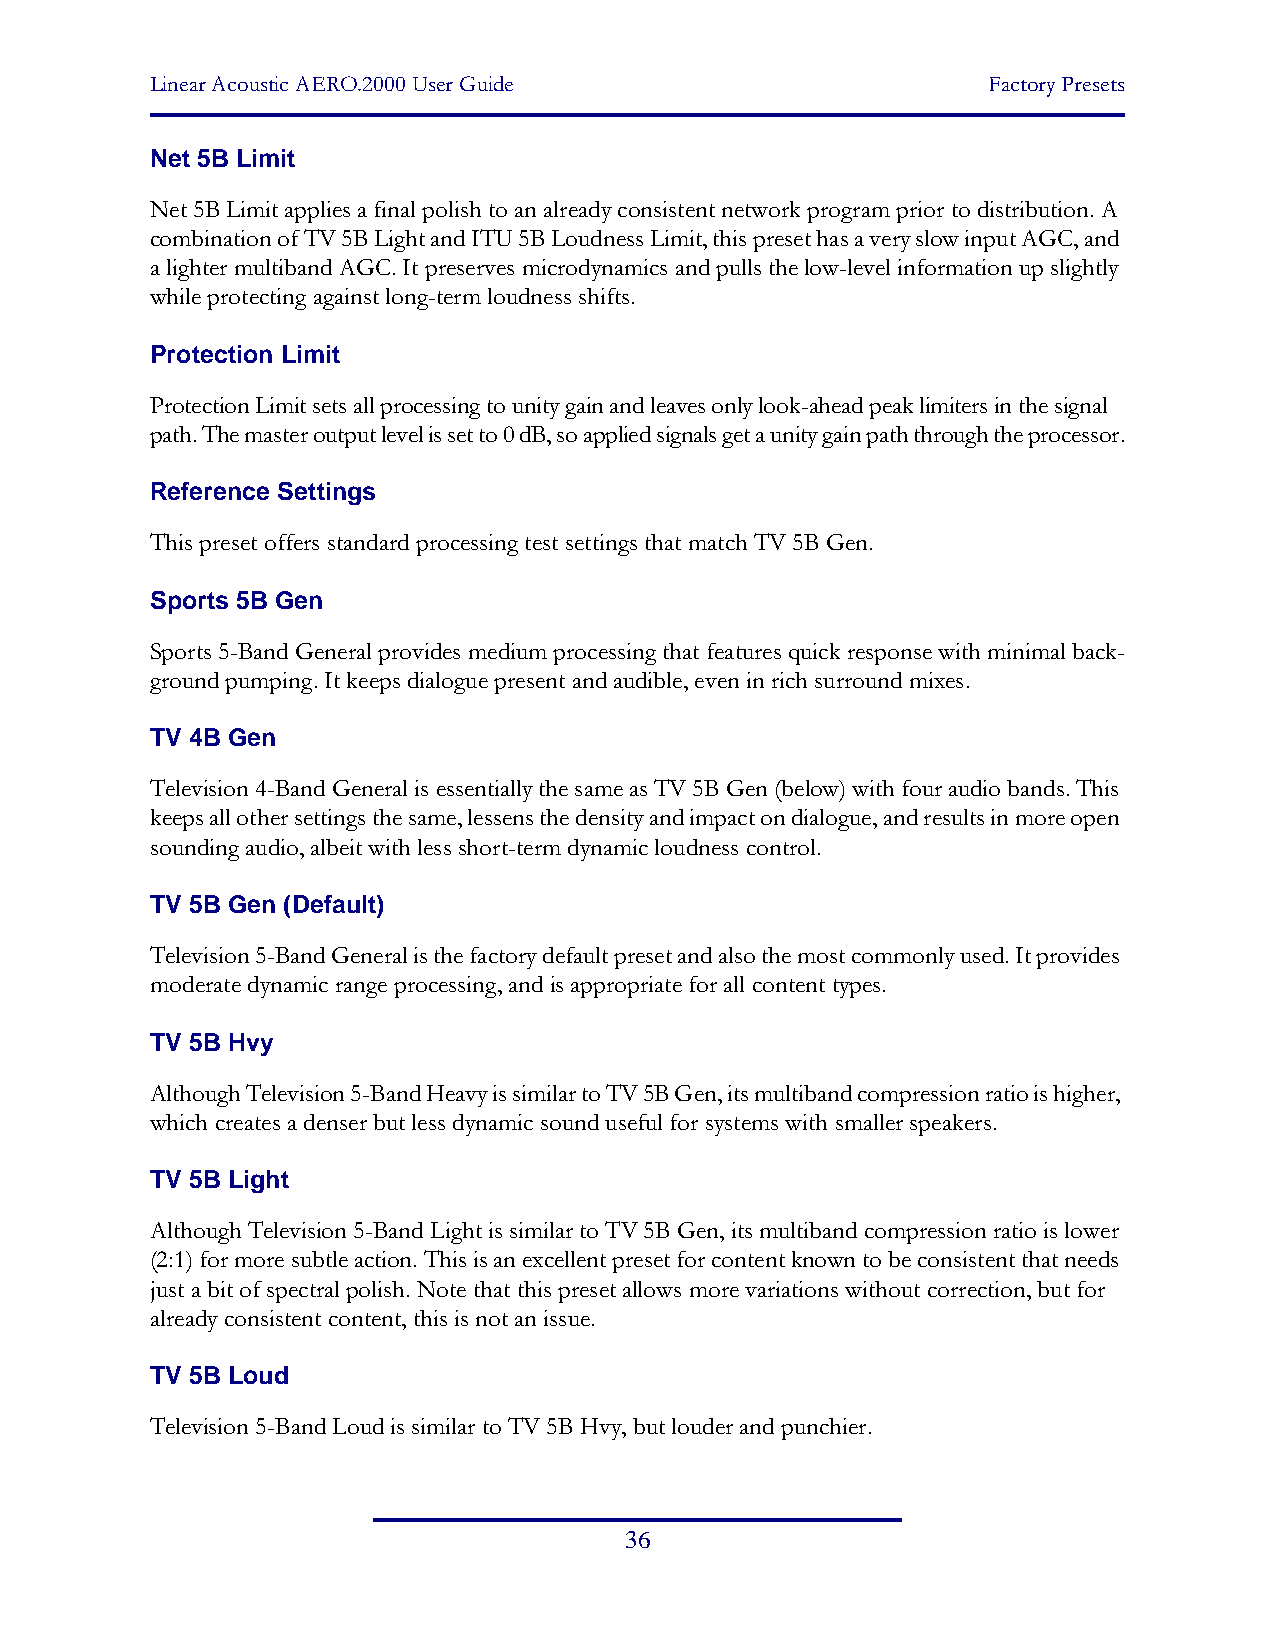
Linear Acoustic AERO.2000 User Guide                   Factory Presets
 Net 5B Limit
 Net 5B Limit applies a final polish to an already consistent network program prior to distribution. A
 combination of TV 5B Light and ITU 5B Loudness Limit, this preset has a very slow input AGC, and
 a lighter multiband AGC. It preserves microdynamics and pulls the low-level information up slightly
 while protecting against long-term loudness shifts.
 Protection Limit
 Protection Limit sets all processing to unity gain and leaves only look-ahead peak limiters in the signal
 path. The master output level is set to 0 dB, so applied signals get a unity gain path through the processor.
 Reference Settings
 This preset offers standard processing test settings that match TV 5B Gen.
 Sports 5B Gen
 Sports 5-Band General provides medium processing that features quick response with minimal back-
 ground pumping. It keeps dialogue present and audible, even in rich surround mixes.
 TV 4B Gen
 Television 4-Band General is essentially the same as TV 5B Gen (below) with four audio bands. This
 keeps all other settings the same, lessens the density and impact on dialogue, and results in more open
 sounding audio, albeit with less short-term dynamic loudness control.
 TV 5B Gen (Default)
 Television 5-Band General is the factory default preset and also the most commonly used. It provides
 moderate dynamic range processing, and is appropriate for all content types.
 TV 5B Hvy
 Although Television 5-Band Heavy is similar to TV 5B Gen, its multiband compression ratio is higher,
 which creates a denser but less dynamic sound useful for systems with smaller speakers.
 TV 5B Light
 Although Television 5-Band Light is similar to TV 5B Gen, its multiband compression ratio is lower
 (2:1) for more subtle action. This is an excellent preset for content known to be consistent that needs
 just a bit of spectral polish. Note that this preset allows more variations without correction, but for
 already consistent content, this is not an issue.
 TV 5B Loud
 Television 5-Band Loud is similar to TV 5B Hvy, but louder and punchier.
 36